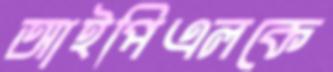
আইপিএলকে